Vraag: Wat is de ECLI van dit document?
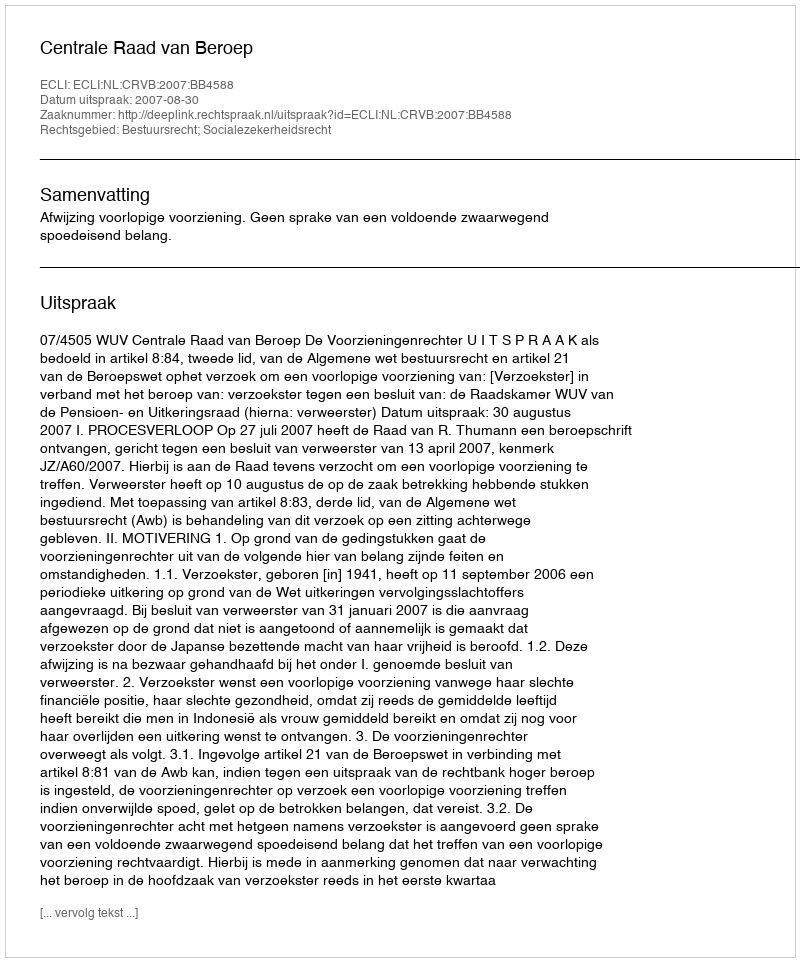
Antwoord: ECLI:NL:CRVB:2007:BB4588